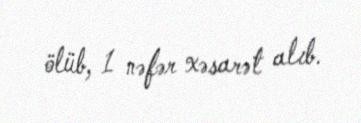
ölüb, 1 nəfər xəsarət alıb.